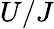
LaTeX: U/J